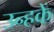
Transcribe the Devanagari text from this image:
उन्हकें